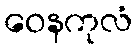
ဝေနကုလံ